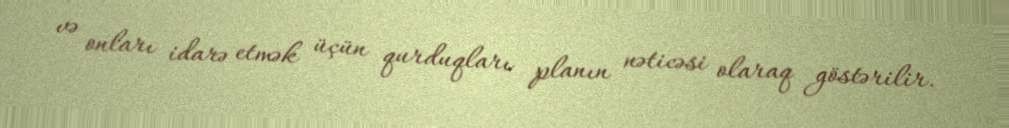
və onları idarə etmək üçün qurduqları planın nəticəsi olaraq göstərilir.